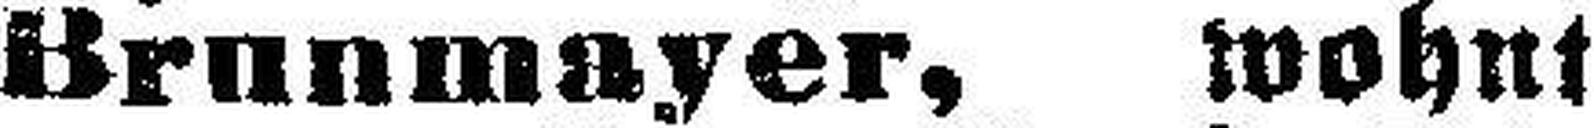
Brunmayer, wohnt